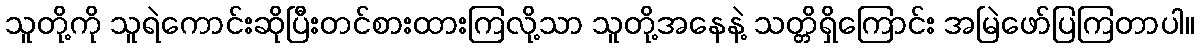
သူတို့ကို သူရဲကောင်းဆိုပြီးတင်စားထားကြလို့သာ သူတို့အနေနဲ့ သတ္တိရှိကြောင်း အမြဲဖော်ပြကြတာပါ။